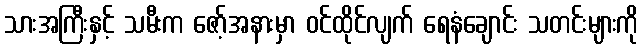
သားအကြီးနှင့် သမီးက ဇော့်အနားမှာ ဝင်ထိုင်လျက် ရေနံချောင်း သတင်းများကို